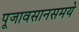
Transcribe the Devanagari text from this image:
पूजावसानसमये